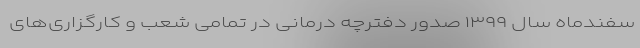
سفندماه سال‌ ۱۳۹۹ صدور دفترچه درمانی در تمامی شعب و کارگزاری‌های